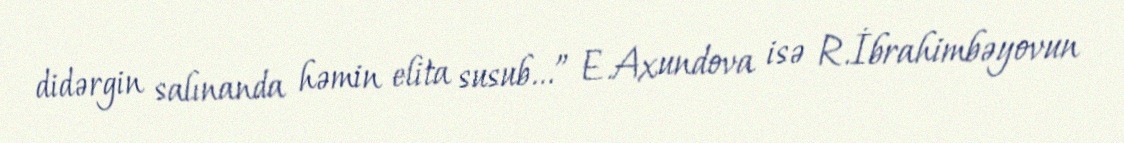
didərgin salınanda həmin elita susub...” E.Axundova isə R.İbrahimbəyovun